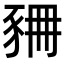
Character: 𧱆